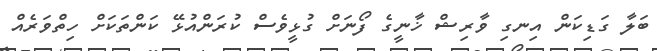
ބަލާ ގަޑިކަން އިނގި ވާރިޝް ޚާނީގެ ފޯނަށް ގުޅީވެސް ކުރަންއުޅޭ ކަންތަކަށް ހިތްވަރެއް